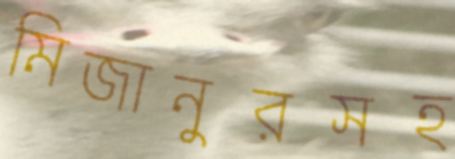
মিজানুরসহ